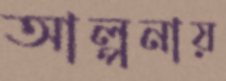
আল্পনায়